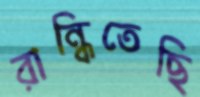
রান্ধিতেছি